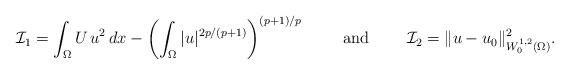
LaTeX: \begin{align*}\mathcal{I}_1=\int_\Omega U\,u^2\, dx-\left(\int_\Omega |u|^{2p/(p+1)}\right)^{(p+1)/p}\qquad\mbox{ and }\qquad\mathcal{I}_2=\|u-u_0\|^2_{W^{1,2}_0(\Omega)}.\end{align*}